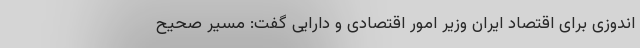
اندوزی برای اقتصاد ایران وزیر امور اقتصادی و دارایی گفت: مسیر صحیح